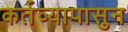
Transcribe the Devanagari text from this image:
कर्तव्यापासुन